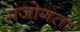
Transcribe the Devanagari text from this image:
संजोगता